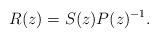
LaTeX: \begin{align*}R(z) = S(z)P(z)^{-1}.\end{align*}